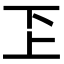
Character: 𠀝